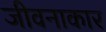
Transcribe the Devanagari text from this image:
जीवनाकार